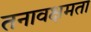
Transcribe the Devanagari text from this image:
तनावक्षमता